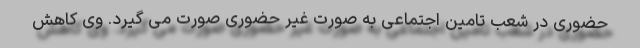
حضوری در شعب تامین اجتماعی به صورت غیر حضوری صورت می گیرد. وی کاهش